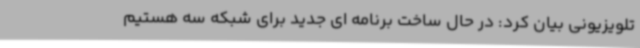
تلویزیونی بیان کرد: در حال ساخت برنامه ای جدید برای شبکه سه هستیم